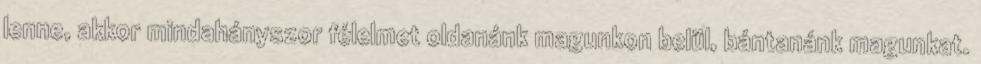
lenne, akkor mindahányszor félelmet oldanánk magunkon belül, bántanánk magunkat.